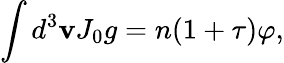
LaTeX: \int d^{3}{\mathbf v}J_{0}g=n(1+\tau)\varphi,